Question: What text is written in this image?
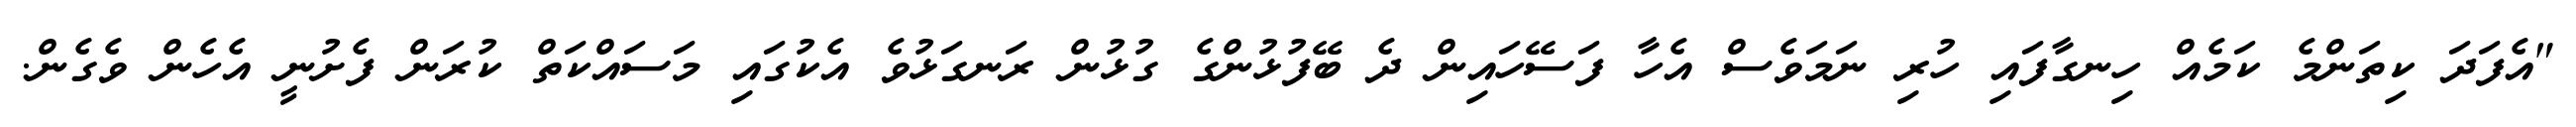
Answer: "އެފަދަ ކިތަންމެ ކަމެއް ހިނގާފައި ހުރި ނަމަވެސް އެހާ ފަސޭހައިން ދެ ބޭފުޅުންގެ ގުޅުން ރަނގަޅުވެ އެކުގައި މަސައްކަތް ކުރަން ފެށުނީ އެހެން ވެގެން.